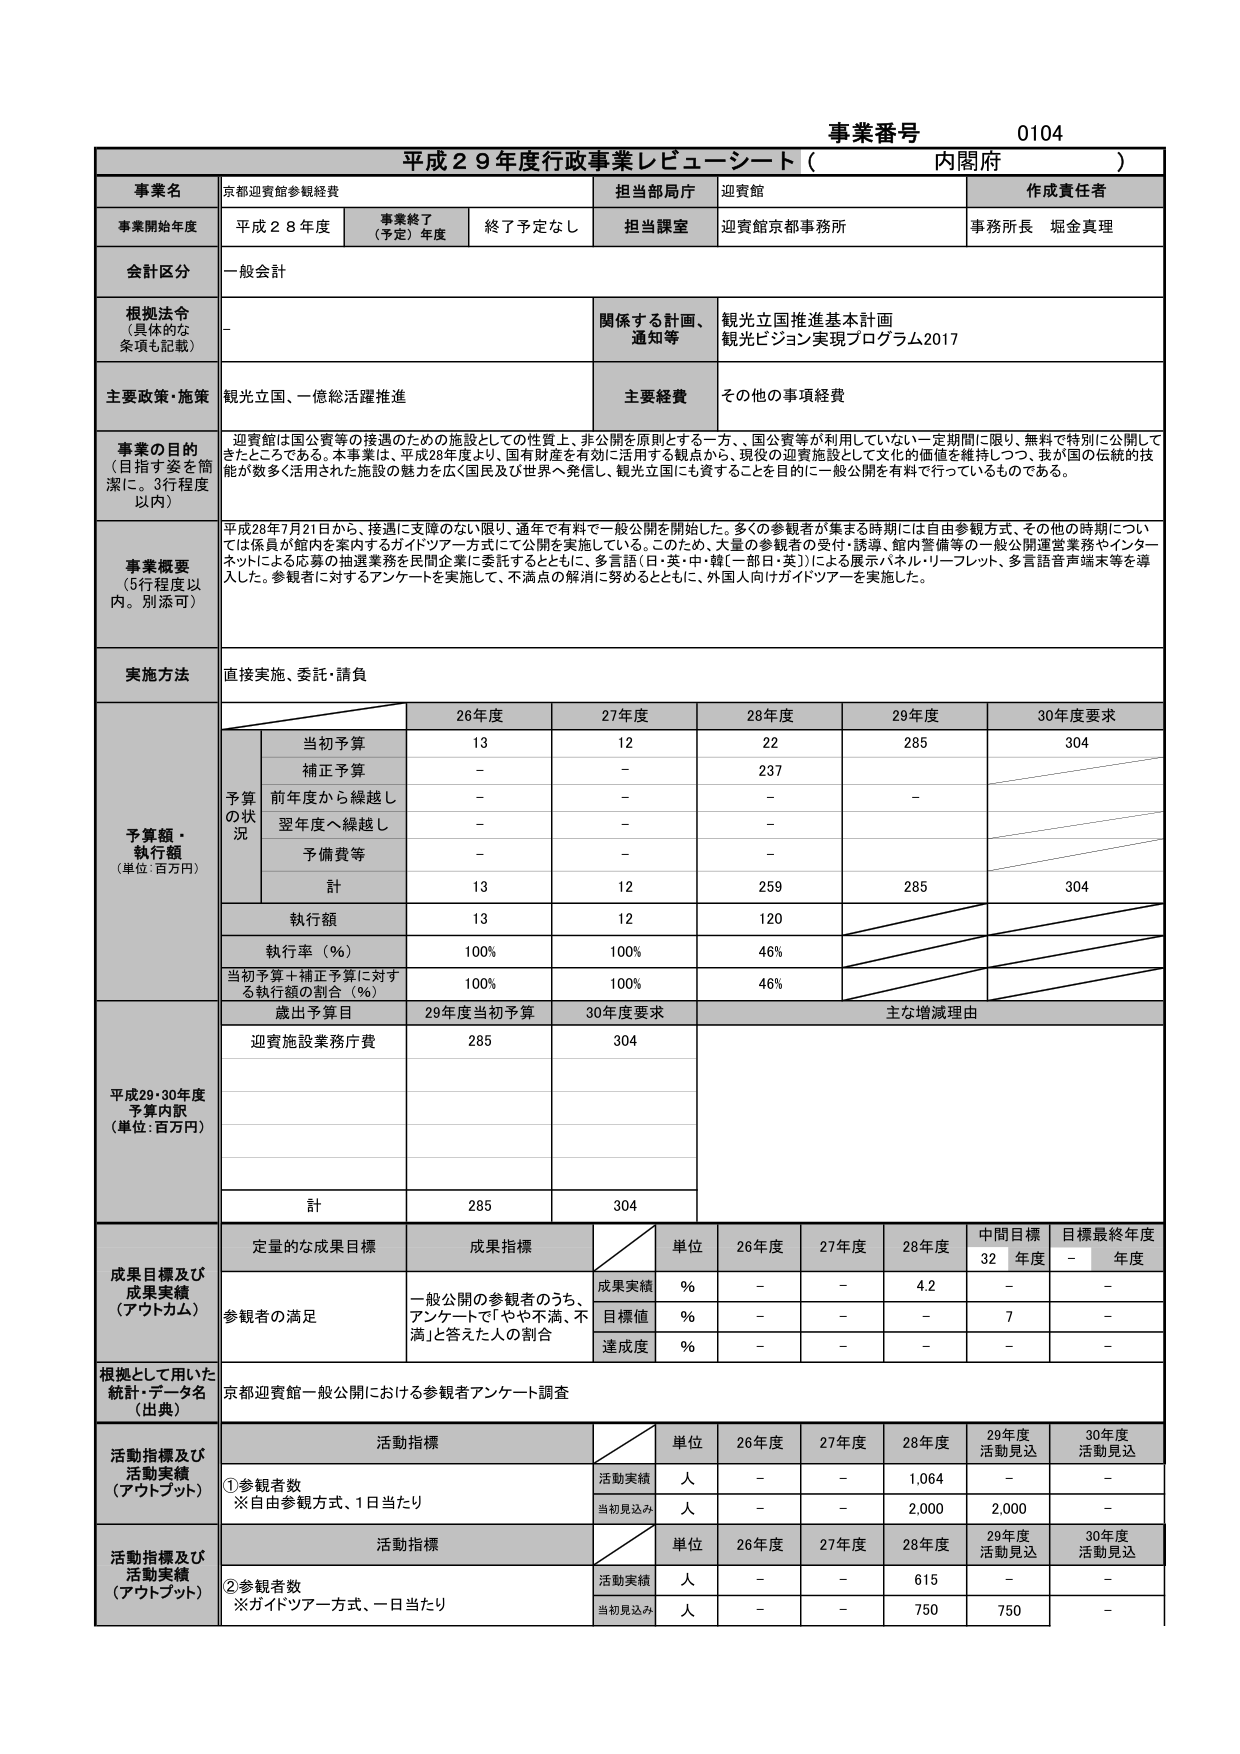
事業番号 0104
平成29年度行政事業レビューシート（内閣府）

事業名 京都迎賓館参観経費
担当部局庁 迎賓館
作成責任者 事務所長 堀金真理

事業開始年度 平成28年度
事業終了（予定）年度 終了予定なし
担当課室 迎賓館京都事務所

会計区分 一般会計

根拠法令（具体的な条項も記載） -
関係する計画、通知等 観光立国推進基本計画
観光ビジョン実現プログラム2017

主要政策・施策 観光立国、一億総活躍推進
主要経費 その他の事項経費

事業の目的（目指す姿を簡潔に。3行程度以内）
迎賓館は国公賓等の接遇のための施設としての性質上、非公開を原則とする一方、国公賓等が利用していない一定期間に限り、無料で特別に公開してきたところである。本事業は、平成28年度より、国有財産を有効に活用する観点から、現役の迎賓施設として文化的価値を維持しつつ、我が国の伝統的技能が数多く活用された施設の魅力を広く国民及び世界へ発信し、観光立国にも資することを目的に一般公開を有料で行っているものである。

事業概要（5行程度以内。別添可）
平成28年7月21日から、接遇に支障のない限り、通年で有料で一般公開を開始した。多くの参観者が集まる時期には自由参観方式、その他の時期については係員が館内を案内するガイドツアー方式にて公開を実施している。このため、大量の参観者の受付・誘導、館内警備等の一般公開運営業務やインターネットによる応募の抽選業務を民間企業に委託するとともに、多言語（日・英・中・韓［一部日・英］）による展示パネル・リーフレット、多言語音声端末等を導入した。参観者に対するアンケートを実施して、不満点の解消に努めるとともに、外国人向けガイドツアーを実施した。

実施方法 直接実施、委託・請負

予算額・執行額（単位：百万円）
予算の状況
26年度 27年度 28年度 29年度 30年度要求
当初予算 13 12 22 285 304
補正予算 - - 237
前年度から繰越し - - - -
翌年度へ繰越し - - -
予備費等 - - -
計 13 12 259 285 304
執行額 13 12 120
執行率（％） 100% 100% 46%
当初予算＋補正予算に対する執行額の割合（％） 100% 100% 46%

歳出予算目
平成29・30年度予算内訳（単位：百万円）
29年度当初予算 30年度要求 主な増減理由
迎賓施設業務庁費 285 304
計 285 304

成果目標及び成果実績（アウトカム）
定量的な成果目標 成果指標
単位 26年度 27年度 28年度 中間目標32年度 目標最終年度-年度
参観者の満足 一般公開の参観者のうち、アンケートで「やや不満、不満」と答えた人の割合
成果実績 ％ - - 4.2 - -
目標値 ％ - - - 7 -
達成度 ％ - - - - -

根拠として用いた統計・データ名（出典）
京都迎賓館一般公開における参観者アンケート調査

活動指標及び活動実績（アウトプット）
活動指標
単位 26年度 27年度 28年度 29年度活動見込 30年度活動見込
①参観者数 ※自由参観方式、1日当たり
活動実績 人 - - 1,064 - -
当初見込み 人 - - 2,000 2,000 -

活動指標及び活動実績（アウトプット）
活動指標
単位 26年度 27年度 28年度 29年度活動見込 30年度活動見込
②参観者数 ※ガイドツアー方式、一日当たり
活動実績 人 - - 615 - -
当初見込み 人 - - 750 750 -